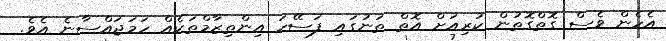
އެހެން ވެސް ގޮތްގޮތުން ކުރިއަށް އޮތް ތަނުގައި ފަސޭހަ އިންތިޒާމްތަކެއް ހަމަޖައްސާނެ އެވެ.